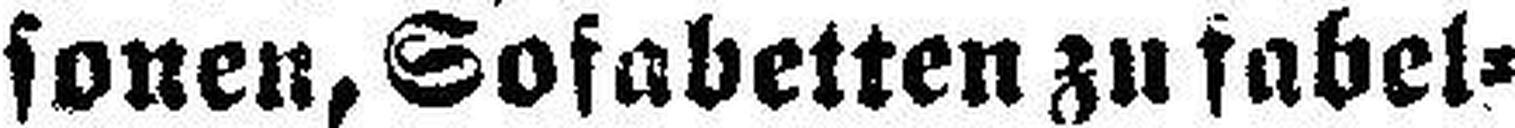
sonen, Sofabetten zu fabel¬